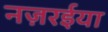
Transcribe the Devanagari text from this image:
नज़रईया